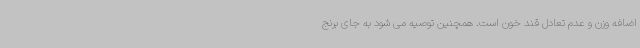
اضافه وزن و عدم تعادل قند خون است. همچنین توصیه می شود به جای برنج